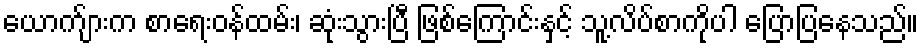
ယောက်ျားက စာရေးဝန်ထမ်း၊ ဆုံးသွားပြီ ဖြစ်ကြောင်းနှင့် သူ့လိပ်စာကိုပါ ပြောပြနေသည်။